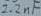
Text: 2.2nF